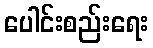
ပေါင်းစည်းရေး